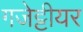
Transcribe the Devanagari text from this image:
गजेट्टीयर